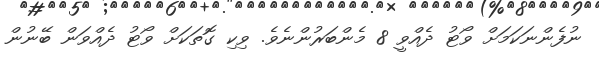
ނުފެންނަކަމަށް ވޯޓު ދެއްވީ 8 މެންބަރުންނެވެ. ވިކި ގޮތަކަށް ވޯޓު ދެއްވަން ބޭނުން